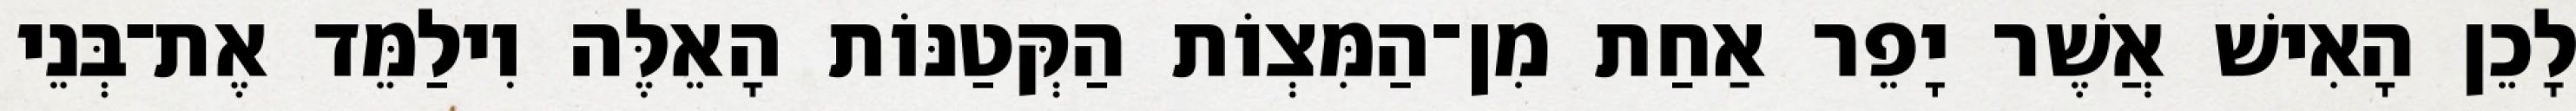
לָכֵן הָאִישׁ אֲשֶׁר יָפֵר אַחַת מִן־הַמִּצְוֹת הַקְּטַנּוֹת הָאֵלֶּה וִילַמֵּד אֶת־בְּנֵי